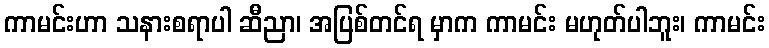
ကာမင်းဟာ သနားစရာပါ ဆီညာ၊ အပြစ်တင်ရ မှာက ကာမင်း မဟုတ်ပါဘူး၊ ကာမင်း